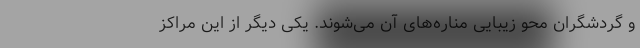
و گردشگران محو زیبایی مناره‌های آن می‌شوند. یکی دیگر از این مراکز